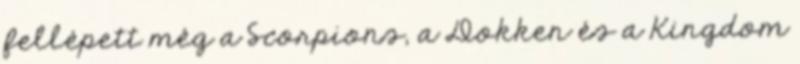
fellépett még a Scorpions, a Dokken és a Kingdom